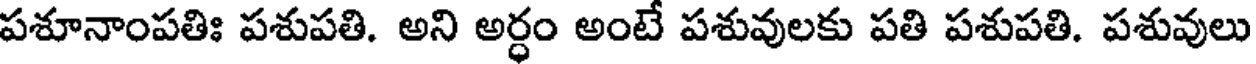
పశూనాంపతిః పశుపతి. అని అర్ధం అంటే పశువులకు పతి పశుపతి. పశువులు